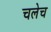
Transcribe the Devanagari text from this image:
चलेच